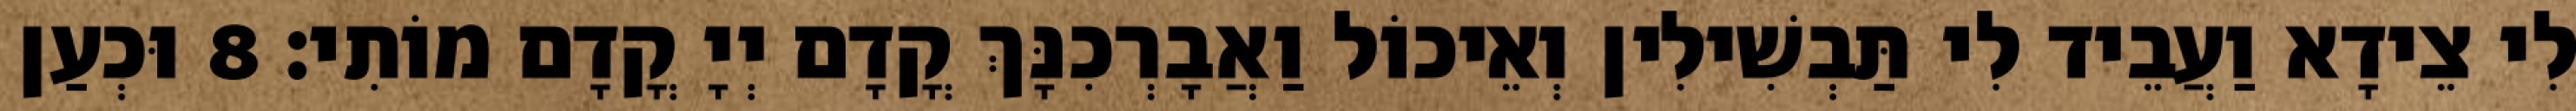
לִי צֵידָא וַעֲבֵיד לִי תַּבְשִׁילִין וְאֵיכוֹל וַאֲבָרְכִנָּךְ קֳדָם יְיָ קֳדָם מוֹתִי׃ 8 וּכְעַן